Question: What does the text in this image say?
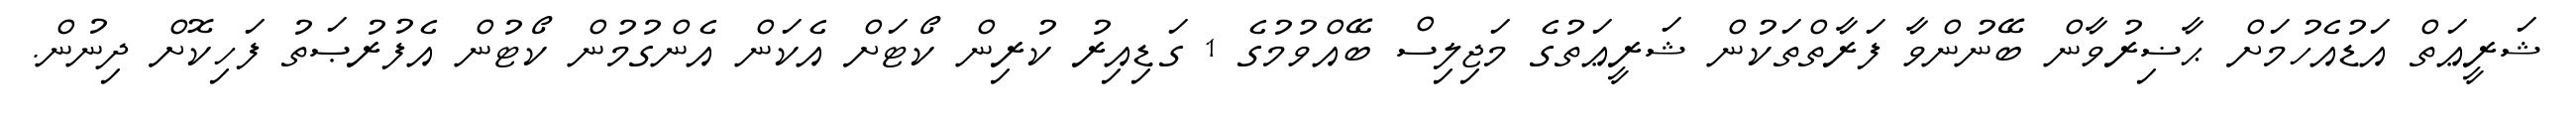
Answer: ޝަރީޢަތް އަޑުއެހުމަށް ޙާޟިރުވާން ބޭނުންވާ ފަރާތްތަކުން ޝަރީޢަތުގެ މަޖިލިސް ބޭއްވުމުގެ 1 ގަޑިއިރު ކުރިން ކޯޓަށް އެކަން އެންގުމުން ކޯޓުން އެފުރުޞަތު ފަހިކޮށް ދިނުން.